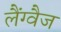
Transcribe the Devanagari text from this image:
लैंग्वैज